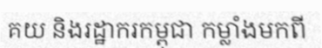
គយ និងរដ្ឋាករកម្ពុជា កម្លាំងមកពី